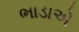
ભાડાએ